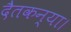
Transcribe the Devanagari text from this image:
दैतकन्या।